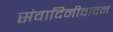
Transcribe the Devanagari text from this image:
संवादिनीवादन